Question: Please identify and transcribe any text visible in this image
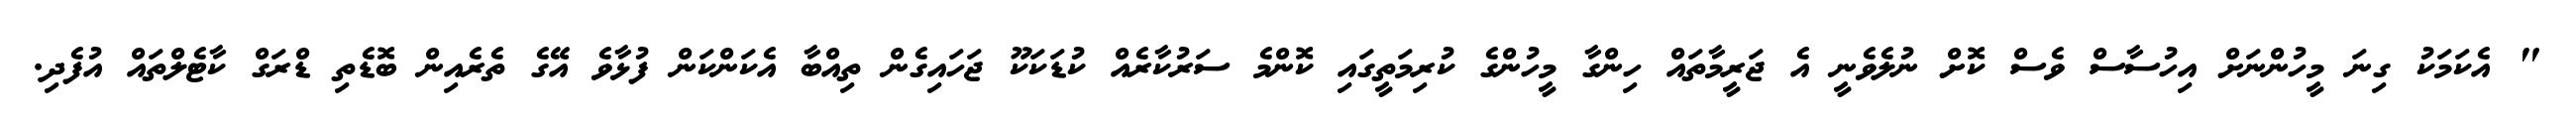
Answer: " އެކަމަކު ގިނަ މީހުންނަށް އިހުސާސް ވެސް ކޮށް ނުލެވެނީ އެ ޖަރީމާތައް ހިންގާ މީހުންގެ ކުރިމަތީގައި ކޮންމެ ސަރުކާރެއް ކުޑަކަކޫ ޖަހައިގެން ތިއްބާ އެކަންކަން ފުޅާވެ އޭގެ ތެރެއިން ބޮޑެތި ޑްރަގް ކާޓެލްތައް އުފެދި.